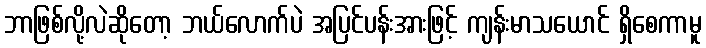
ဘာဖြစ်လို့လဲဆိုတော့ ဘယ်လောက်ပဲ အပြင်ပန်းအားဖြင့် ကျန်းမာသယောင် ရှိစေကာမူ